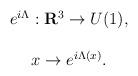
LaTeX: \begin{align*}\begin{array}{c}e^{i\Lambda }:{\bf R}^3\rightarrow U(1), \\ \\x\rightarrow e^{i\Lambda (x)}.\end{array}\end{align*}